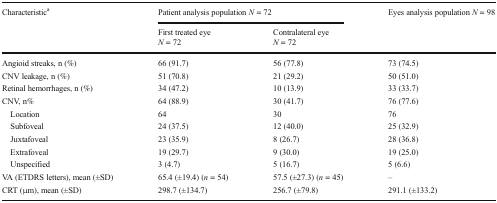
<table><thead><tr><td rowspan="2"><b>Characteristic<sup>a</sup></b></td><td colspan="2"><b>Patient analysis population <i>N</i> = 72</b></td><td rowspan="2"><b>Eyes analysis population <i>N</i> = 98</b></td></tr><tr><td><b>First treated eye <i>N</i> = 72</b></td><td><b>Contralateral eye <i>N</i> = 72</b></td></tr></thead><tbody><tr><td>Angioid streaks, n (%)</td><td>66 (91.7)</td><td>56 (77.8)</td><td>73 (74.5)</td></tr><tr><td>CNV leakage, n (%)</td><td>51 (70.8)</td><td>21 (29.2)</td><td>50 (51.0)</td></tr><tr><td>Retinal hemorrhages, n (%)</td><td>34 (47.2)</td><td>10 (13.9)</td><td>33 (33.7)</td></tr><tr><td>CNV, n%</td><td>64 (88.9)</td><td>30 (41.7)</td><td>76 (77.6)</td></tr><tr><td> Location</td><td>64</td><td>30</td><td>76</td></tr><tr><td> Subfoveal</td><td>24 (37.5)</td><td>12 (40.0)</td><td>25 (32.9)</td></tr><tr><td> Juxtafoveal</td><td>23 (35.9)</td><td>8 (26.7)</td><td>28 (36.8)</td></tr><tr><td> Extrafoveal</td><td>19 (29.7)</td><td>9 (30.0)</td><td>19 (25.0)</td></tr><tr><td> Unspecified</td><td>3 (4.7)</td><td>5 (16.7)</td><td>5 (6.6)</td></tr><tr><td>VA (ETDRS letters), mean (±SD)</td><td>65.4 (±19.4) (<i>n</i> = 54)</td><td>57.5 (±27.3) (<i>n</i> = 45)</td><td>–</td></tr><tr><td>CRT (μm), mean (±SD)</td><td>298.7 (±134.7)</td><td>256.7 (±79.8)</td><td>291.1 (±133.2)</td></tr></tbody></table>